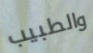
والطبيب